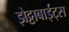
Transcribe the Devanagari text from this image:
झेट्टाबाईट्स